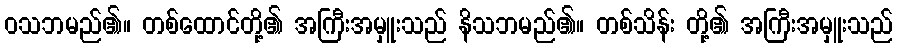
ဝသဘမည်၏။ တစ်ထောင်တို့၏ အကြီးအမှူးသည် နိသဘမည်၏။ တစ်သိန်း တို့၏ အကြီးအမှူးသည်